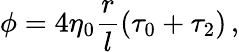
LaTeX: \phi=4\eta_{0}\frac rl(\tau_{0}+\tau_{2})\, ,